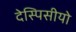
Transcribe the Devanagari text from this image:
देस्पिसीयो